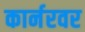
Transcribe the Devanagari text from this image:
कार्नरवर